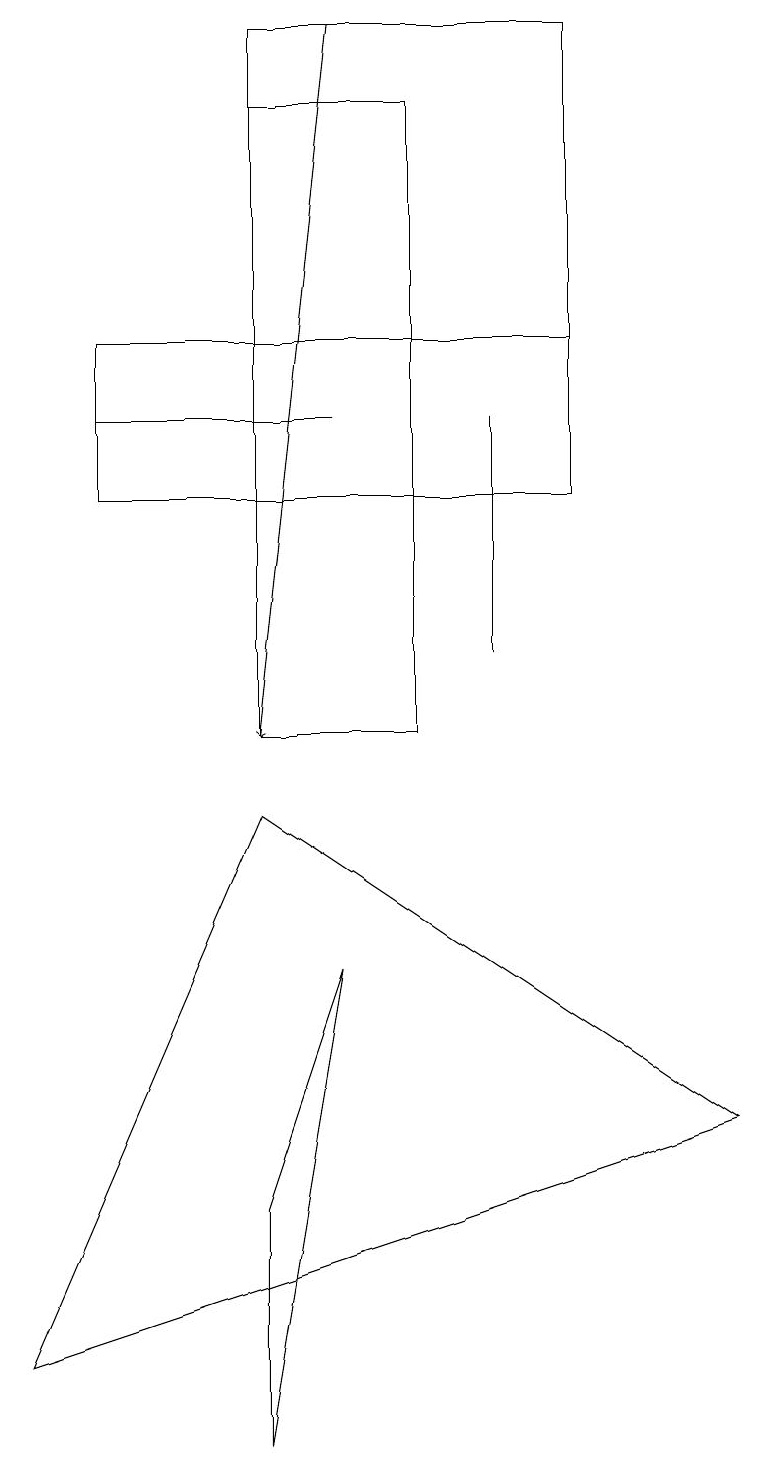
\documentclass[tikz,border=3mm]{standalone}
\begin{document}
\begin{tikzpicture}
\draw (1,14) rectangle (4,14);
\draw (3,18) rectangle (5,10);
\draw (3,4) -- (4,7) -- (3,1) -- cycle;
\draw (7,13) rectangle (3,19);
\draw (1,13) rectangle (7,15);
\draw (3,9) -- (9,5) -- (0,2) -- cycle;
\draw (6,14) rectangle (6,11);
\draw[->] (4,19) -- (3,10);
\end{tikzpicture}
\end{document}